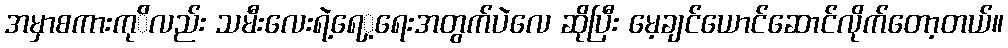
အမှာစကားကု်ိလည်း သမီးလေးရဲ့ရေှ့ရေးအတွက်ပဲလေ ဆိုပြီး မေ့ချင်ယောင်ဆောင်လိုက်တော့တယ်။